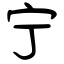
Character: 宁